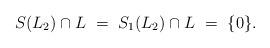
LaTeX: \begin{align*}S(L_2)\cap L\ =\ S_1(L_2)\cap L \ = \ \{0\}.\end{align*}